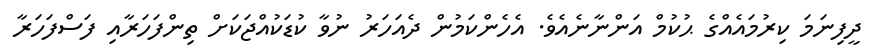
ދީފިނަމަ ކިރުމައެއްގެ ޙުކުމް އަންނާނެއެވެ. އެހެންކަމުން ދެއަހަރު ނުވާ ކުޑަކުއްޖަކަށް ތިންފަހަރާއި ފަސްފަހަރާ